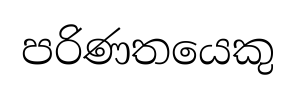
පරිණතයෙකු